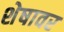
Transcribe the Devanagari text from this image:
शेषावर